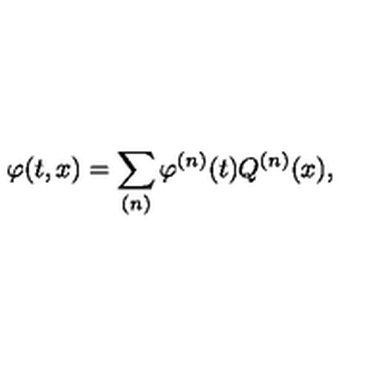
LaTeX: \varphi ( t , x ) = \sum _ { ( n ) } \varphi ^ { ( n ) } ( t ) Q ^ { ( n ) } ( x ) ,